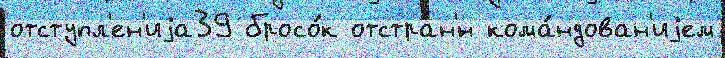
отступл'ен'иjа39 бросо́к отстран'́н кома́ндован'иjем